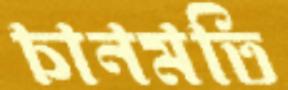
চানমতি